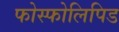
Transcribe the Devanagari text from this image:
फोस्फोलिपिड